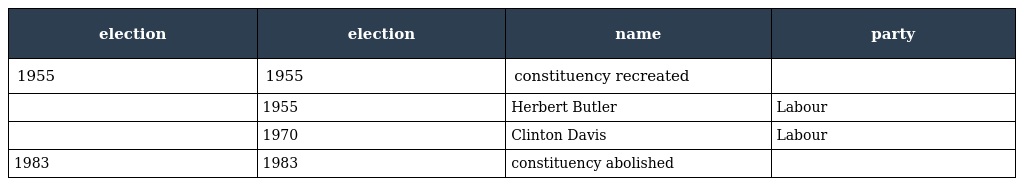
| election | election | name | party |
 | --- | --- | --- | --- |
 | 1955 | 1955 | constituency recreated |  |
 |  | 1955 | Herbert Butler | Labour |
 |  | 1970 | Clinton Davis | Labour |
 | 1983 | 1983 | constituency abolished |  |